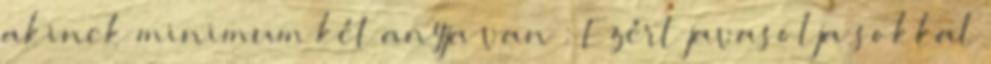
akinek minimum két anyja van : Ezért javasolja sokkal